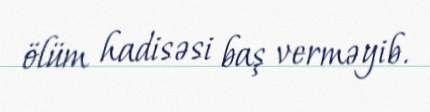
ölüm hadisəsi baş verməyib.